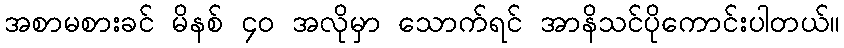
အစာမစားခင် မိနစ် ၄၀ အလိုမှာ သောက်ရင် အာနိသင်ပိုကောင်းပါတယ်။